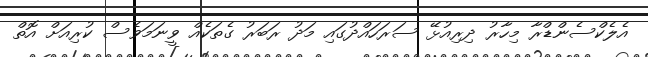
އެލެކްސެންޑްރާ މިހާރު ދިރިއުޅޭ ސަރަހައްދުގައި މަދު ރަބަރު ގެތަކެއް ވީނަމަވެސް ކުރިއަށް އޮތް